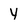
Character: y